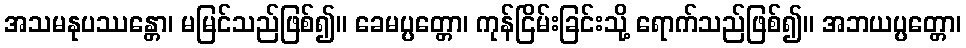
အသမနုပဿန္တော၊ မမြင်သည်ဖြစ်၍။ ခေမပ္ပတ္တော၊ ကုန်ငြိမ်းခြင်းသို့ ရောက်သည်ဖြစ်၍။ အဘယပ္ပတ္တော၊